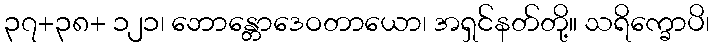
၃၇+၃၈+ ၁၂၁၊ ဘောန္တောဒေဝတာယော၊ အရှင်နတ်တို့။ သရိက္ခောပိ၊